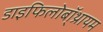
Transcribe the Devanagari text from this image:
डाइफिलोबॉ्थ्रायम